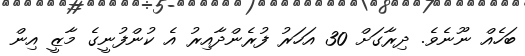
ބަހެއް ނޫނެވެ. ދިރާގަށް 30 އަހަރު ފުރެންދާއިރު އެ ކުންފުނީގެ މާޒީ އިން